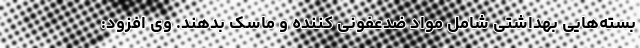
بسته‌هایی بهداشتی شامل مواد ضدعفونی کننده و ماسک بدهند. وی افزود: